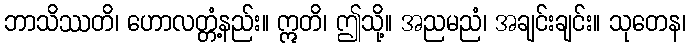
ဘာသိဿတိ၊ ဟောလတ္တံ့နည်း။ ဣတိ၊ ဤသို့။ အညမညံ၊ အချင်းချင်း။ သုတေန၊